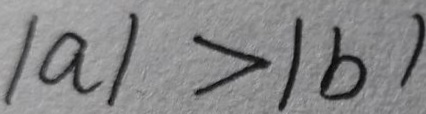
\vert a \vert > \vert b \vert